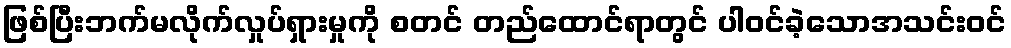
ဖြစ်ပြီးဘက်မလိုက်လှုပ်ရှားမှုကို စတင် တည်ထောင်ရာတွင် ပါဝင်ခဲ့သောအသင်းဝင်